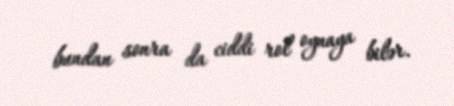
bundan sonra da ciddi rol oynaya bilər.